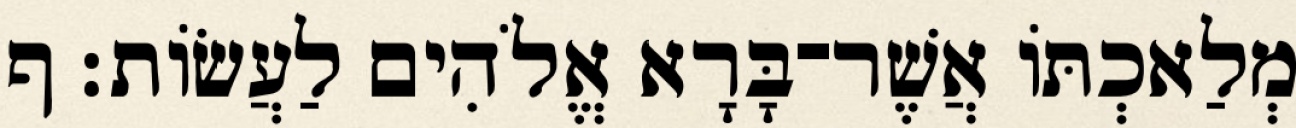
מְלַאכְתֹּו אֲשֶׁר־בָּרָא אֱלֹהִים לַעֲשֹׂות׃ ף